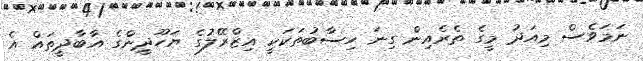
ނަމަވެސް މިއަދު މީގެ ތެރެއިން ގިނަ ހިސާބުތަކަކީ އިޒްރޭލުގެ ޔަހޫދީންގެ އާބާދީތައް އެ